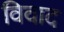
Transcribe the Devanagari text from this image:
विवाद